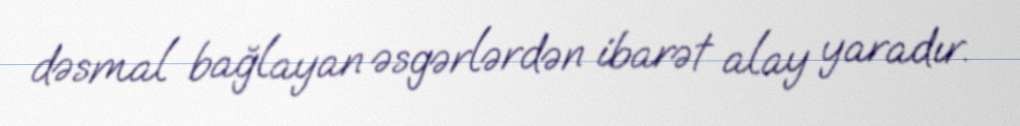
dəsmal bağlayan əsgərlərdən ibarət alay yaradır.